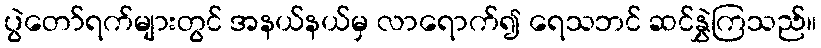
ပွဲတော်ရက်များတွင် အနယ်နယ်မှ လာရောက်၍ ရေသဘင် ဆင်နွှဲကြသည်။